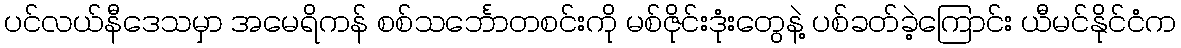
ပင်လယ်နီဒေသမှာ အမေရိကန် စစ်သင်္ဘောတစင်းကို မစ်ဇိုင်းဒုံးတွေနဲ့ ပစ်ခတ်ခဲ့ကြောင်း ယီမင်နိုင်ငံက